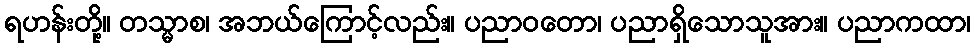
ရဟန်းတို့။ တသ္မာစ၊ အဘယ်ကြောင့်လည်း။ ပညာဝတော၊ ပညာရှိသောသူအား။ ပညာကထာ၊